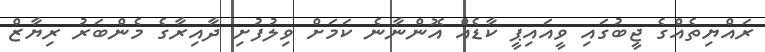
ރައްޔިތެއްގެ ޖީބުގައި ވީއައިޕީ ކާޑެއް އޮންނާނެ ކަމަށް ވިލުފުށި ދާއިރާގެ މެންބަރު ރިޔާޒް